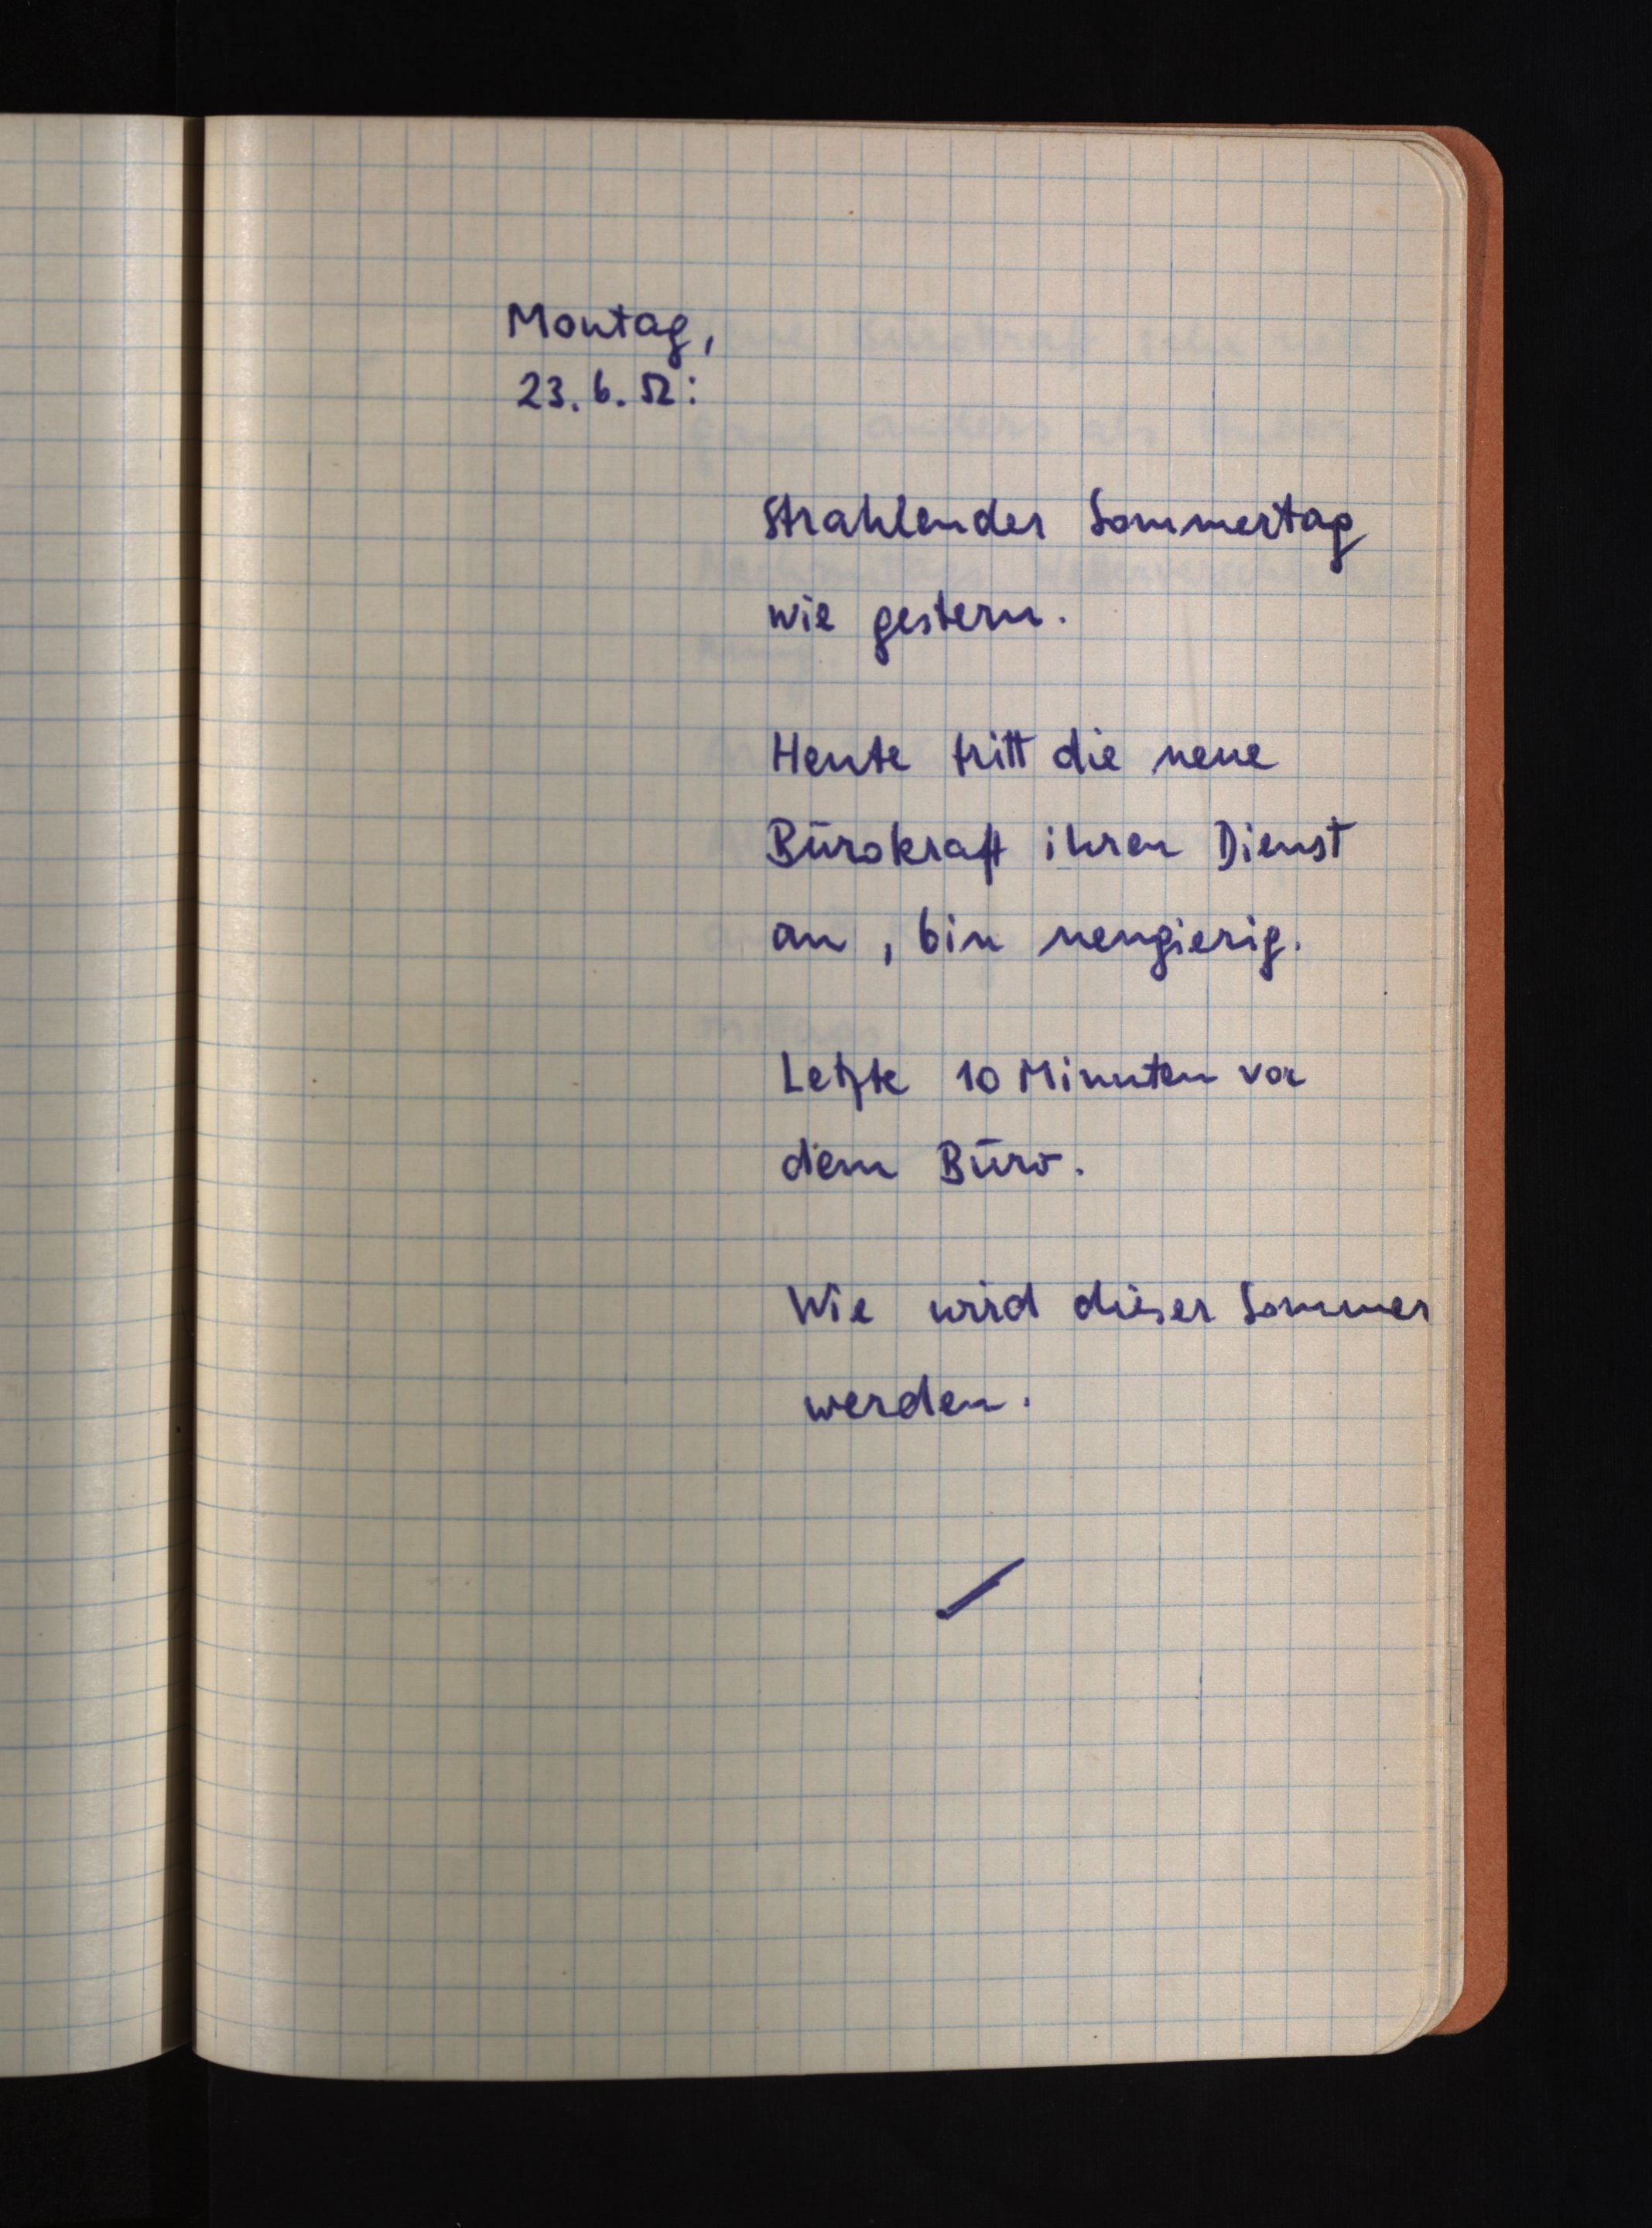
Montag,
23.6.52:
Strahlender Sommertag
wie gestern.
Heute tritt die neue
Bürokraft ihren Dienst
an, bin neugierig.
Letzte 10 Minuten vor
dem Büro.
Wie wird dieser Sommer
werden.